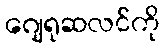
ဂျေရုဆလင်ကို